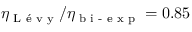
\eta _ { \textrm { L \' e v y } } / \eta _ { \textrm { b i - e x p } } = 0 . 8 5